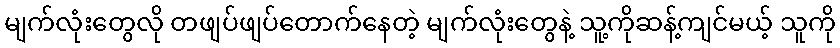
မျက်လုံးတွေလို တဖျပ်ဖျပ်တောက်နေတဲ့ မျက်လုံးတွေနဲ့ သူ့ကိုဆန့်ကျင်မယ့် သူကို